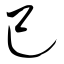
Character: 己